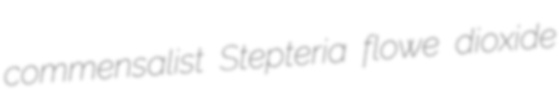
commensalist Stepteria flowe dioxide